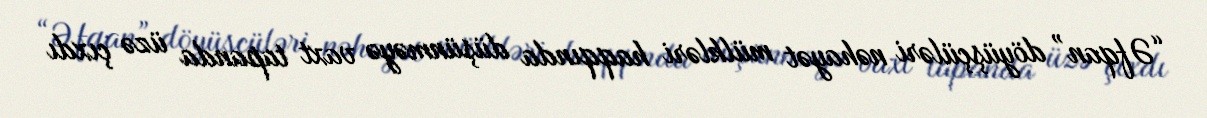
“Əfqan” döyüşçüləri nəhayət mülkləri haqqında düşünməyə vaxt tapanda üzə çıxdı